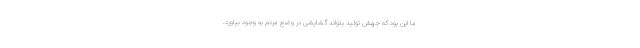
ما این بود که جهش تولید بتواند گشایشی در وضع مردم به وجود بیاورد.